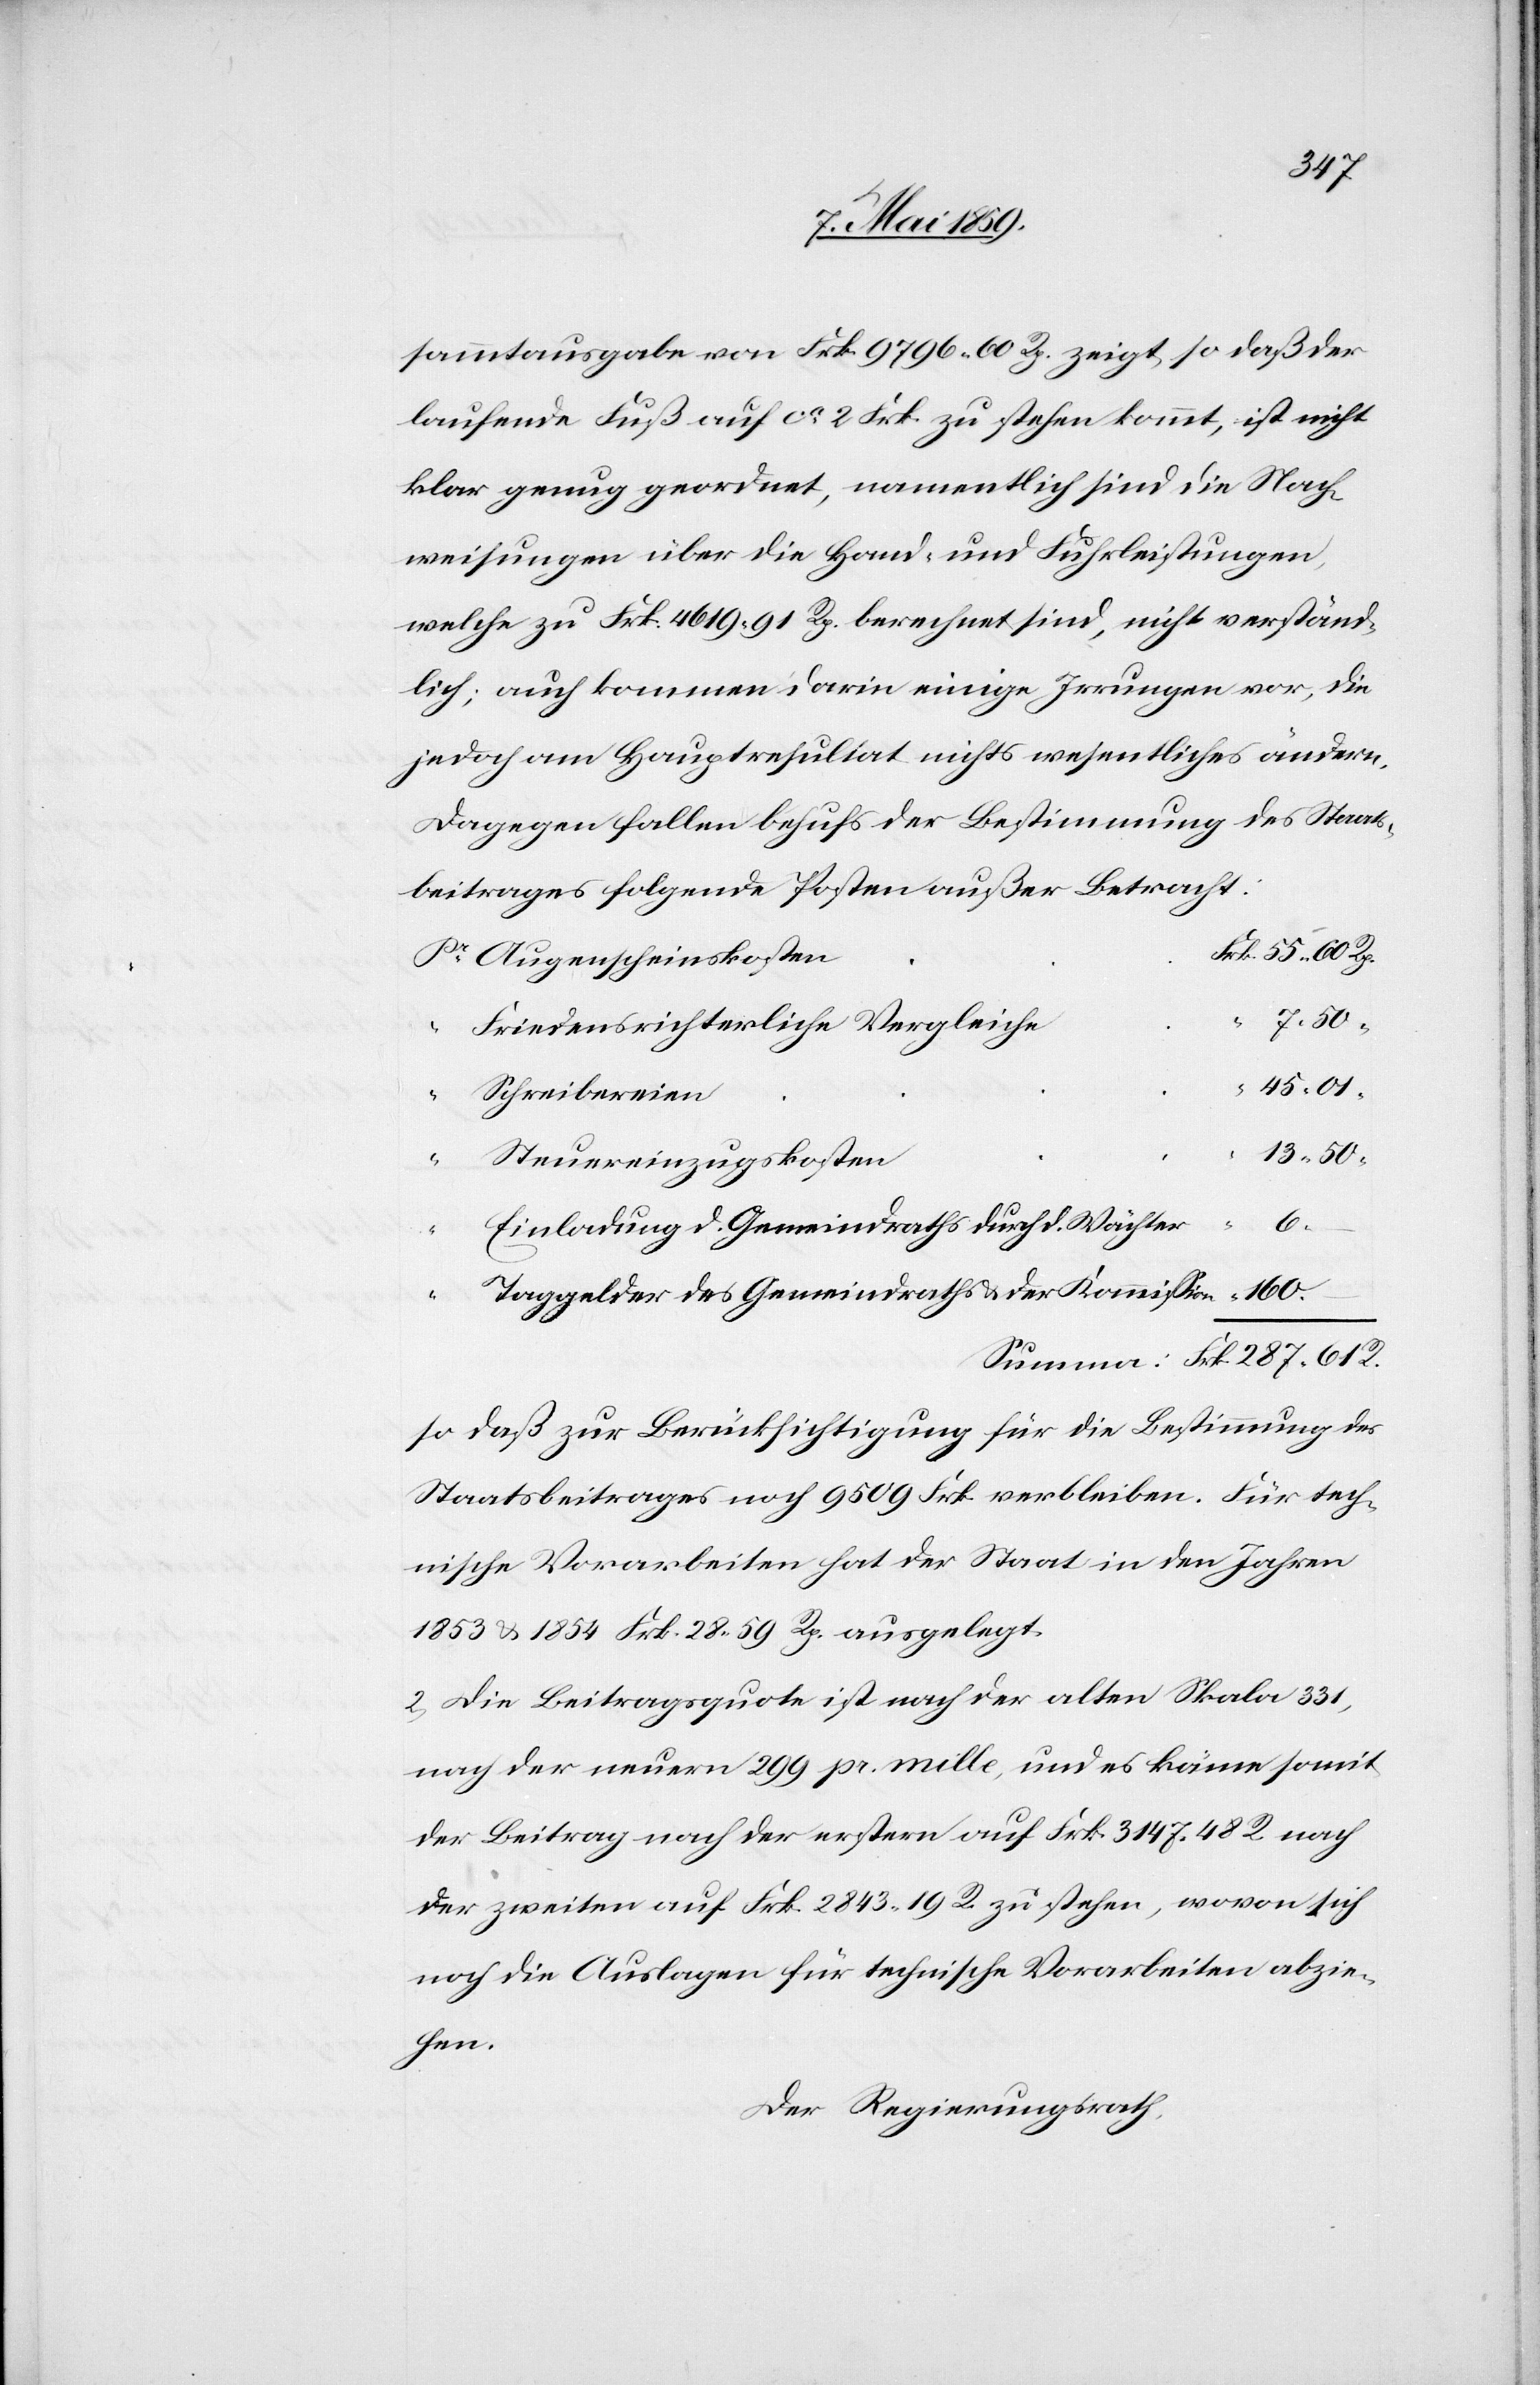
287.
sammtausgabe von Frk. 9796 60 Rp. zeigt, so daß der
laufende Fuß auf ca 2 Frk. zu stehen kommt, ist nicht
klar genug geordnet, namentlich sind die Nach¬
weisungen über die Hand- und Fuhrleistungen,
welche zu Frk. 4619 91 Rp. berechnet sind, nicht verständ¬
lich; auch kommen darin einige Irrungen vor, die
jedoch am Hauptresultat nichts wesentliches ändern.
Dagegen fallen behufs der Bestimmung des Staats¬
beitrages folgende Posten außer Betracht:
Augenscheinskosten
7. 50
55.
Friedensrichterliche Vergleiche
45. 01
R.
Schreibereien
13. 50
61
Steuereinzugskosten
Einladung d. Gemeindraths durch d. Wächter
Taggelder des Gemeindraths & der Kommißion
so daß zur Berücksichtigung für die Bestimmung des
Staatsbeitrages noch 9509 Frk. verbleiben. Für tech¬
nische Vorarbeiten hat der Staat in den Jahren
1853 & 1854 Frk. 28 59 Rp. ausgelegt.
2) Die Beitragsquote ist nach der alten Skala 331,
nach der neuern 299 pr. mille, und es käme somit
der Beitrag nach der erstern auf Frk. 3147 48 R. nach
der zweiten auf Frk. 2843 19 R. zu stehen, wovon sich
noch die Auslagen für technische Vorarbeiten abzie¬
hen.
Der Regierungsrath,